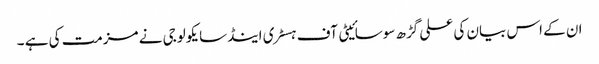
ان کے اس بیان کی علی گڑھ سوسائیٹی آف ہسٹری اینڈسایکولوجی نے مزمت کی ہے ۔